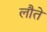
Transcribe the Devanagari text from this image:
लौते